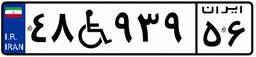
۴۸W۹۳۹۵۶